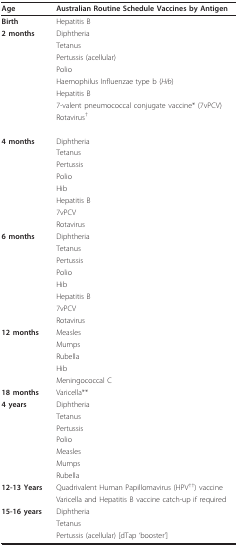
<table><thead><tr><td><b>Age</b></td><td><b>Australian Routine Schedule Vaccines by Antigen</b></td></tr></thead><tbody><tr><td><b>Birth</b></td><td>Hepatitis B</td></tr><tr><td><b>2 months</b></td><td>Diphtheria</td></tr><tr><td></td><td>Tetanus</td></tr><tr><td></td><td>Pertussis (acellular)</td></tr><tr><td></td><td>Polio</td></tr><tr><td></td><td>Haemophilus Influenzae type b (<i>Hib</i>)</td></tr><tr><td></td><td>Hepatitis B</td></tr><tr><td></td><td>7-valent pneumococcal conjugate vaccine* (7vPCV)</td></tr><tr><td></td><td>Rotavirus<sup>†</sup></td></tr><tr><td><b>4 months</b></td><td>Diphtheria</td></tr><tr><td></td><td>Tetanus</td></tr><tr><td></td><td>Pertussis</td></tr><tr><td></td><td>Polio</td></tr><tr><td></td><td>Hib</td></tr><tr><td></td><td>Hepatitis B</td></tr><tr><td></td><td>7vPCV</td></tr><tr><td></td><td>Rotavirus</td></tr><tr><td><b>6 months</b></td><td>Diphtheria</td></tr><tr><td></td><td>Tetanus</td></tr><tr><td></td><td>Pertussis</td></tr><tr><td></td><td>Polio</td></tr><tr><td></td><td>Hib</td></tr><tr><td></td><td>Hepatitis B</td></tr><tr><td></td><td>7vPCV</td></tr><tr><td></td><td>Rotavirus</td></tr><tr><td><b>12 months</b></td><td>Measles</td></tr><tr><td></td><td>Mumps</td></tr><tr><td></td><td>Rubella</td></tr><tr><td></td><td>Hib</td></tr><tr><td></td><td>Meningococcal C</td></tr><tr><td><b>18 months</b></td><td>Varicella**</td></tr><tr><td><b>4 years</b></td><td>Diphtheria</td></tr><tr><td></td><td>Tetanus</td></tr><tr><td></td><td>Pertussis</td></tr><tr><td></td><td>Polio</td></tr><tr><td></td><td>Measles</td></tr><tr><td></td><td>Mumps</td></tr><tr><td></td><td>Rubella</td></tr><tr><td><b>12-13 Years</b></td><td>Quadrivalent Human Papillomavirus (HPV<sup>††</sup>) vaccine</td></tr><tr><td></td><td>Varicella and Hepatitis B vaccine catch-up if required</td></tr><tr><td><b>15-16 years</b></td><td>Diphtheria</td></tr><tr><td></td><td>Tetanus</td></tr><tr><td></td><td>Pertussis (acellular) [dTap &#x27;booster&#x27;]</td></tr></tbody></table>